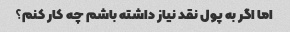
اما اگر به پول نقد نیاز داشته باشم چه کار کنم؟